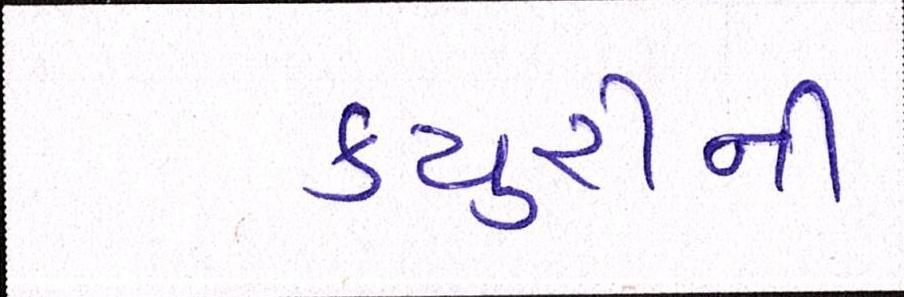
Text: ક્યુરીની